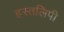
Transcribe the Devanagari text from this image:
हस्तलिपी